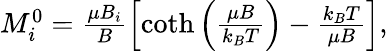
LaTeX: \begin{array}{r}{M_{i}^{0}=\frac{\mu B_{i}}{B}\left[\coth\left(\frac{\mu B}{k_{B}T}\right)-\frac{k_{B}T}{\mu B}\right],}\end{array}